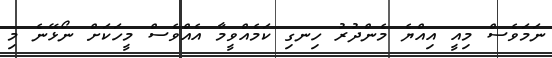
ނަމަވެސް މިއީ އިއްޔެ މެންދުރު ހިނގި ކަމެއްވީމާ އެއްވެސް މީހަކަށް ނޯޅޭނެ މި